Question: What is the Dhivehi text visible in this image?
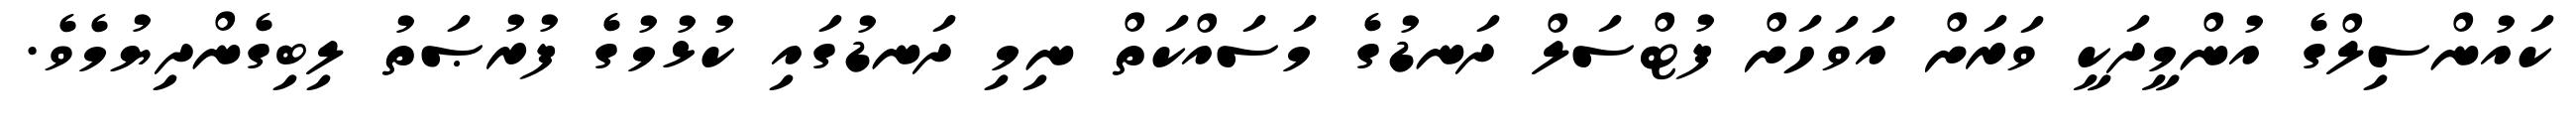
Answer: ކައުންސިލްގެ އުންމީދަކީ ވަރަށް އަވަހަށް ފުޓްސަލް ދަނޑުގެ މަސައްކަތް ނިމި ދަނޑުގައި ކުޅުމުގެ ފުރުޞަތު ލިބިގެންދިޔުމެވެ.